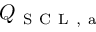
Q _ { \mathrm { ~ S ~ C ~ L ~ , ~ a ~ } }